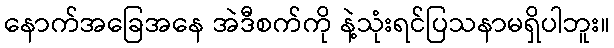
နောက်အခြေအနေ အဲဒီစက်ကို နဲ့သုံးရင်ပြသနာမရှိပါဘူး။